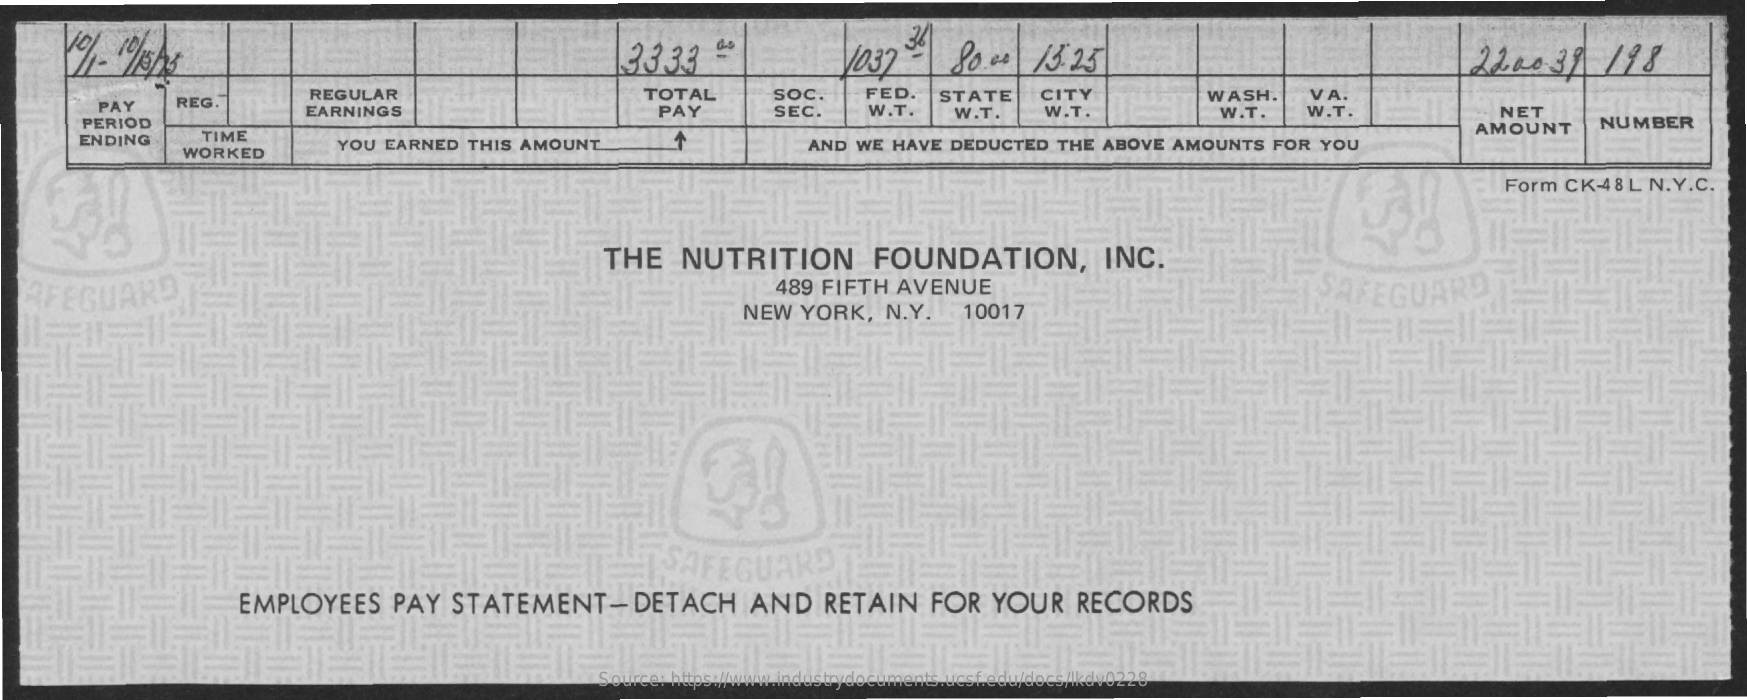
33.33    1032    80.00    13:25    22.00    39   198
     PAY    REG
     REGULAR    TOTAL    SOC.    FED.    STATE    CITY    WASH.    VA.
     PERIOD
     EARNINGS    PAY    SEC.    W.T.    W.T.    W.T.    W.T.    W.T.    NET
     TIME
     AMOUNT    NUMBER
     ENDING
     WORKED
     YOU EARNED    THIS AMOUNT    AND  WE  HAVE  DEDUCTED    THE  ABOVE  AMOUNTS    FOR  YOU
     Form  CK-48  L N.Y.C.
     THE    NUTRITION    FOUNDATION,    INC.
   AFEGUARD    489 FIFTH   AVENUE    SA  FEGUARD
     NEW   YORK,    N.Y.    10017
     SAFEGUARD
     EMPLOYEES    PAY   STATEMENT-    DETACH    AND    RETAIN    FOR    YOUR    RECORDS
     Source: https://www.industrydocuments.ucsf.edu/docs/lkdv0228